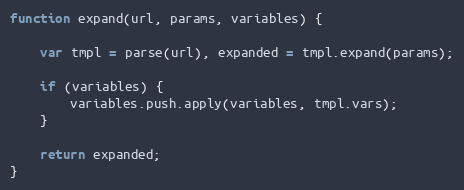
Language: JavaScript
function expand(url, params, variables) {

    var tmpl = parse(url), expanded = tmpl.expand(params);

    if (variables) {
        variables.push.apply(variables, tmpl.vars);
    }

    return expanded;
}